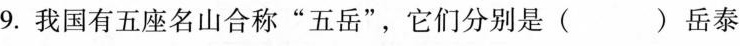
9.我国有五座名山合称”五岳”，它们分别是()岳泰